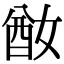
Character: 𡞜